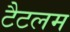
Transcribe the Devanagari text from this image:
टैटलम